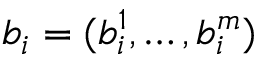
b _ { i } = ( b _ { i } ^ { 1 } , \ldots , b _ { i } ^ { m } )